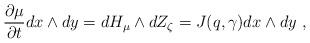
LaTeX: \begin{align*}\frac{\partial \mu}{\partial t} dx \wedge dy = dH_{\mu} \wedge dZ_{\zeta} = J(q, \gamma) dx \wedge dy~,\end{align*}